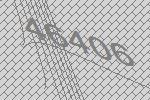
46406